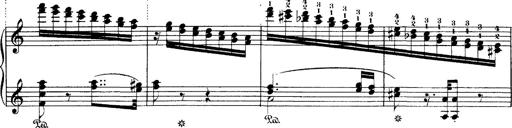
Title: Hungarian Rhapsody No.1
Composer: Franz Liszt
Key: C-sharp minor